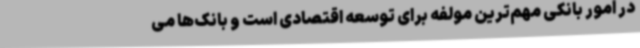
در امور بانکی مهم‌ترین مولفه برای توسعه اقتصادی است و بانک‌ها می‌